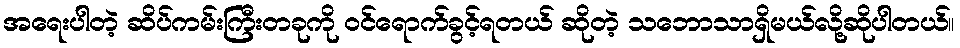
အရေးပါတဲ့ ဆိပ်ကမ်းကြီးတခုကို ဝင်ရောက်ခွင့်ရတယ် ဆိုတဲ့ သဘောသာရှိမယ်လို့ဆိုပါတယ်။